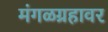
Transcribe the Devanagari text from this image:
मंगळग्रहावर